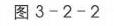
图中内容已按要求回复为`$\frac{FG}{CA}$` ，若还有其他需求，请随时告诉我。